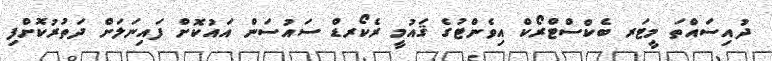
ދުއިސައްތަ މީޓަރ ބެކްސްޓްރޯކް އިވެންޓުގެ ޤައުމީ ރެކޯރޑް ސައުސަން އައުކޮށް ފައިނަލަށް ދަތުރުކޮށްފި